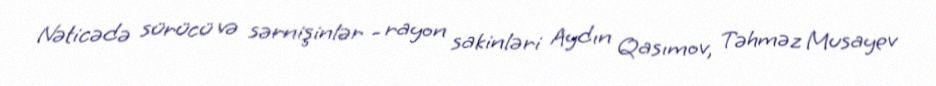
Nəticədə sürücü və sərnişinlər - rayon sakinləri Aydın Qasımov, Təhməz Musayev